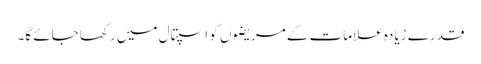
قدرے زیادہ علامات کے مریضوں کو اسپتال میں رکھا جائے گا۔